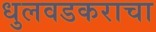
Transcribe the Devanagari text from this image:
धुलवडकराचा